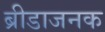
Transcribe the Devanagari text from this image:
ब्रीडाजनक